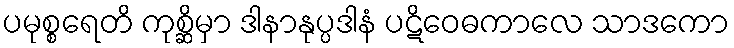
ပမုစ္စရေတိ ကုစ္ဆိမှာ ဒါနာနုပ္ပဒါနံ ပဋိဝေဓကာလေ သာဒကော